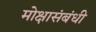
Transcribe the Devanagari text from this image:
मोक्षासंबंधी